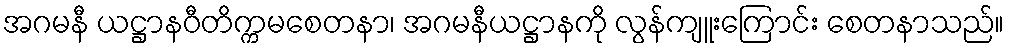
အဂမနီ ယဋ္ဌာနဝီတိက္ကမစေတနာ၊ အဂမနီယဋ္ဌာနကို လွန်ကျူးကြောင်း စေတနာသည်။